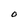
Character: O